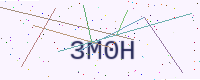
Text: 3M0H